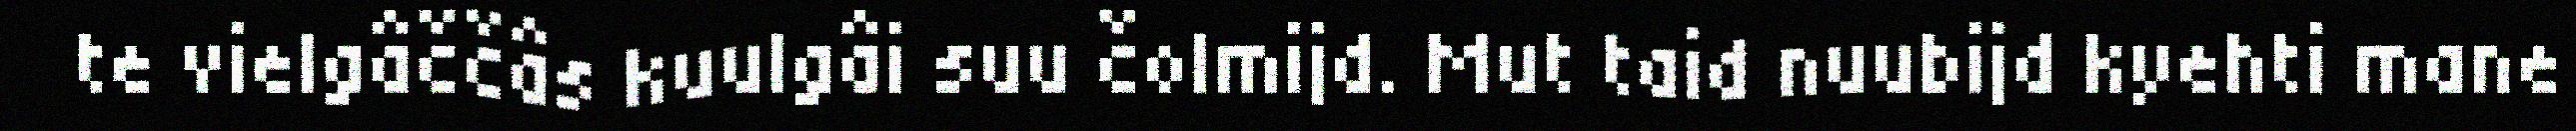
te vielgâččâs kuulgâi suu čolmijd. Mut taid nuubijd kyehti mane